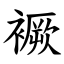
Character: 䙠